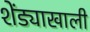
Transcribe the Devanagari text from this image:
शेंड्याखाली